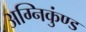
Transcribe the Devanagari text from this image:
अग्निकुंण्ड